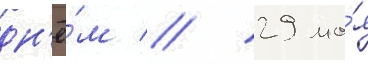
дн'ё́м // 29 ма́я